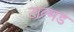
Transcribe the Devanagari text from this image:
टाल्मड